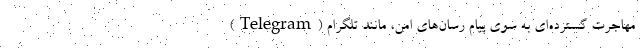
مهاجرت گسترده‌ای به سوی پیام رسان‌های امن، مانند تلگرام (Telegram)